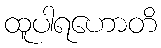
ထူပါရဟောတိ